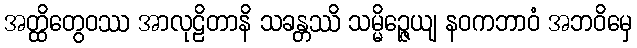
အတ္ထိတွေဝဿ အာလုဠိတာနိ သခန္တဿိ သမ္မိဉ္ဇေယျ နဝကဘာဝံ အဘဝိမှေ